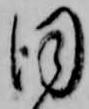
同